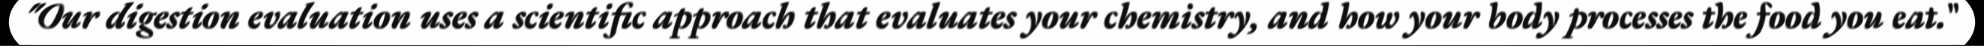
"Our digestion evaluation uses a scientific approach that evaluates your chemistry, and how your body processes the food you eat."